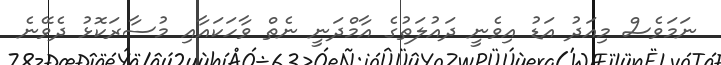
ނަމަވެސް މިއަދު އަޑު އިވެނީ ދައުލަތުގެ އާމްދަނީ ނެތް ވާހަކައާއި މުސާރަކޮޅު ދެވޭނެ